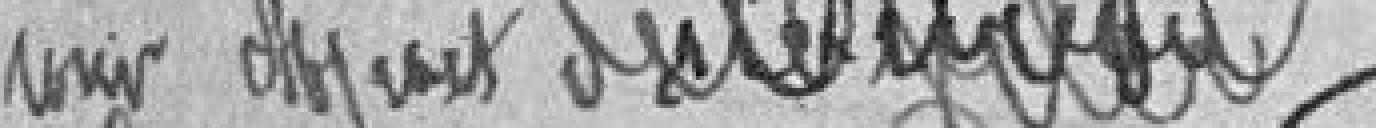
?